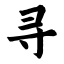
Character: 寻